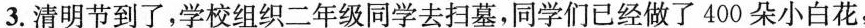
3.清明节到了，学校组织二年级同学去扫墓，同学们已经做了400朵小白花，